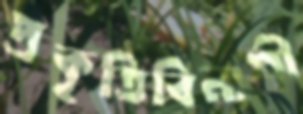
প্রকৃতিবিনাশী